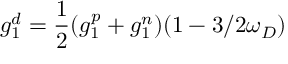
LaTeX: g _ { 1 } ^ { d } = { \frac { 1 } { 2 } } ( g _ { 1 } ^ { p } + g _ { 1 } ^ { n } ) ( 1 - 3 / 2 \omega _ { D } )